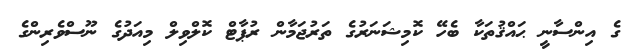
ގެ އިންސާނީ ޙައްޤުތަކާ ބެހޭ ކޮމިޝަނަރުގެ ތަރުޖަމާން ރުޕާޓް ކޮލްވިލް މިއަދުގެ ނޫސްވެރިންގެ